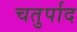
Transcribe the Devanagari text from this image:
चतुर्पाद